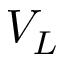
V _ { L }